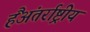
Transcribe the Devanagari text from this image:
हैंअंतर्राष्ट्रीय